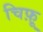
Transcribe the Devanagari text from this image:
चिफ़ू